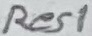
Text: Res1